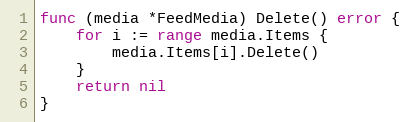
Language: Go
func (media *FeedMedia) Delete() error {
	for i := range media.Items {
		media.Items[i].Delete()
	}
	return nil
}